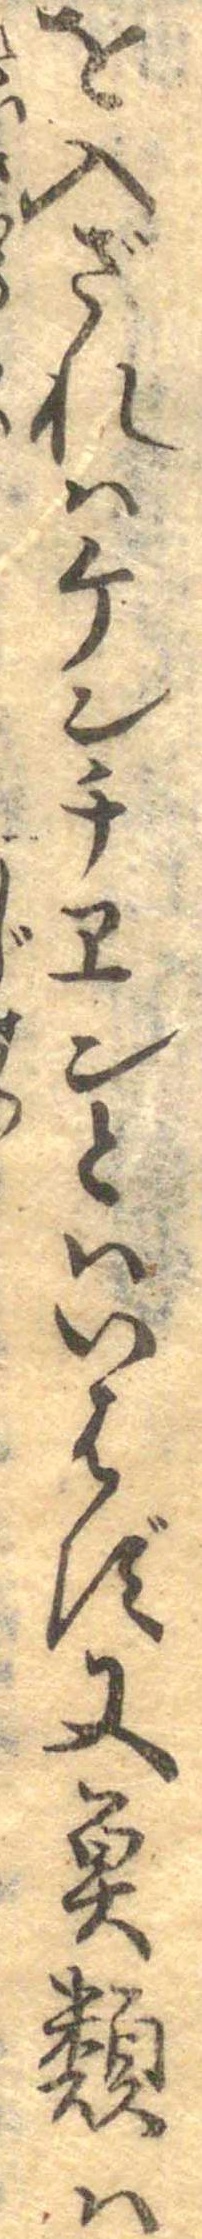
を入ざれはケンチヱンといいはず又魚類は